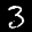
Label: 3